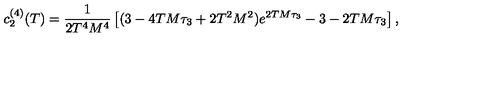
c _ { 2 } ^ { ( 4 ) } ( T ) = \frac { 1 } { 2 T ^ { 4 } M ^ { 4 } } \left[ ( 3 - 4 T M \tau _ { 3 } + 2 T ^ { 2 } M ^ { 2 } ) e ^ { 2 T M \tau _ { 3 } } - 3 - 2 T M \tau _ { 3 } \right] ,